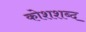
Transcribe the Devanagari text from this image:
कोशशब्द